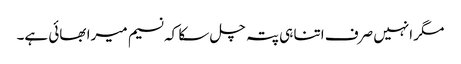
مگر انہیں صرف اتنا ہی پتہ چل سکا کہ نسیم میرا بھائی ہے۔